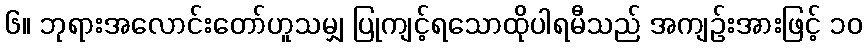
၆။ ဘုရားအလောင်းတော်ဟူသမျှ ပြုကျင့်ရသောထိုပါရမီသည် အကျဉ်းအားဖြင့် ၁၀